Vaccination report Assam 1874-1896 - 1874-1896
Year: 1874
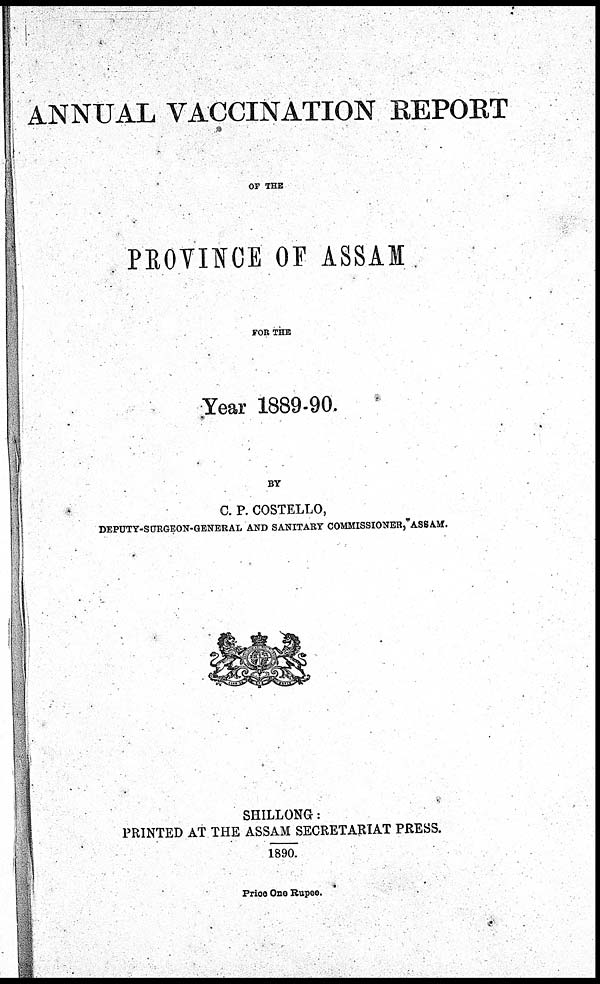
ANNUAL VACCINATION REPORT
OF THE
PROVINCE OF ASSAM
FOR THE
Year 1889-90.
BY
C. P. COSTELLO,
DEPUTY-SURGEON-GENERAL AND SANITARY COMMISSIONER,"ASSAM.
SHILLONG:
PRINTED AT THE ASSAM SECRETARIAT PRESS.
1890.
Price One Rupee.